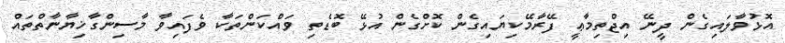
އޮޅުވާލައިގެން ދީނޭ އިޖްތިމާޢީ ފޭރާމޭކިޔައިގެން ކޮށްގެން އުޅޭ ބޮޑެތި ވައްކަންތަކާ ވެފައިވާ މާސިންގާޚިޔާނާތްތައް